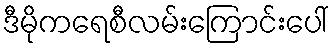
ဒီမိုကရေစီလမ်းကြောင်းပေါ်